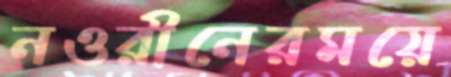
নওরীনেরময়ে